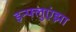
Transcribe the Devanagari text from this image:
इन्‍फ्लुएंझा